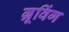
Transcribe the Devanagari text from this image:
ग्रूविंग